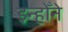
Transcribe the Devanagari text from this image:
इन्होँने